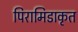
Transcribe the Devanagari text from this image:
पिरामिडाकृत